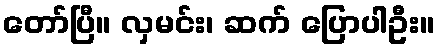
တော်ပြီ။ လှမင်း၊ ဆက် ပြောပါဦး။